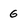
Character: g